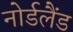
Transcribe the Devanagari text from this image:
नोर्डलैंड